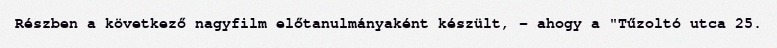
Részben a következő nagyfilm előtanulmányaként készült, – ahogy a "Tűzoltó utca 25.